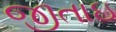
જીતાઇ